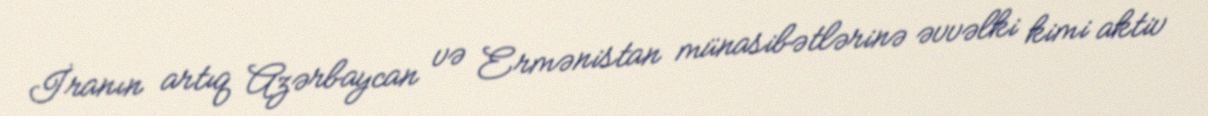
İranın artıq Azərbaycan və Ermənistan münasibətlərinə əvvəlki kimi aktiv